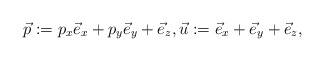
\begin{gather*}\vec{p} := p_x \vec{e}_x+ p_y \vec{e}_y+\vec{e}_z, \vec{u}:=\vec{e}_x+ \vec{e}_y+\vec{e}_z,\end{gather*}